65_HS1-834228961_62-HQ-83894_Section_7
Agency: FBI
Page 133
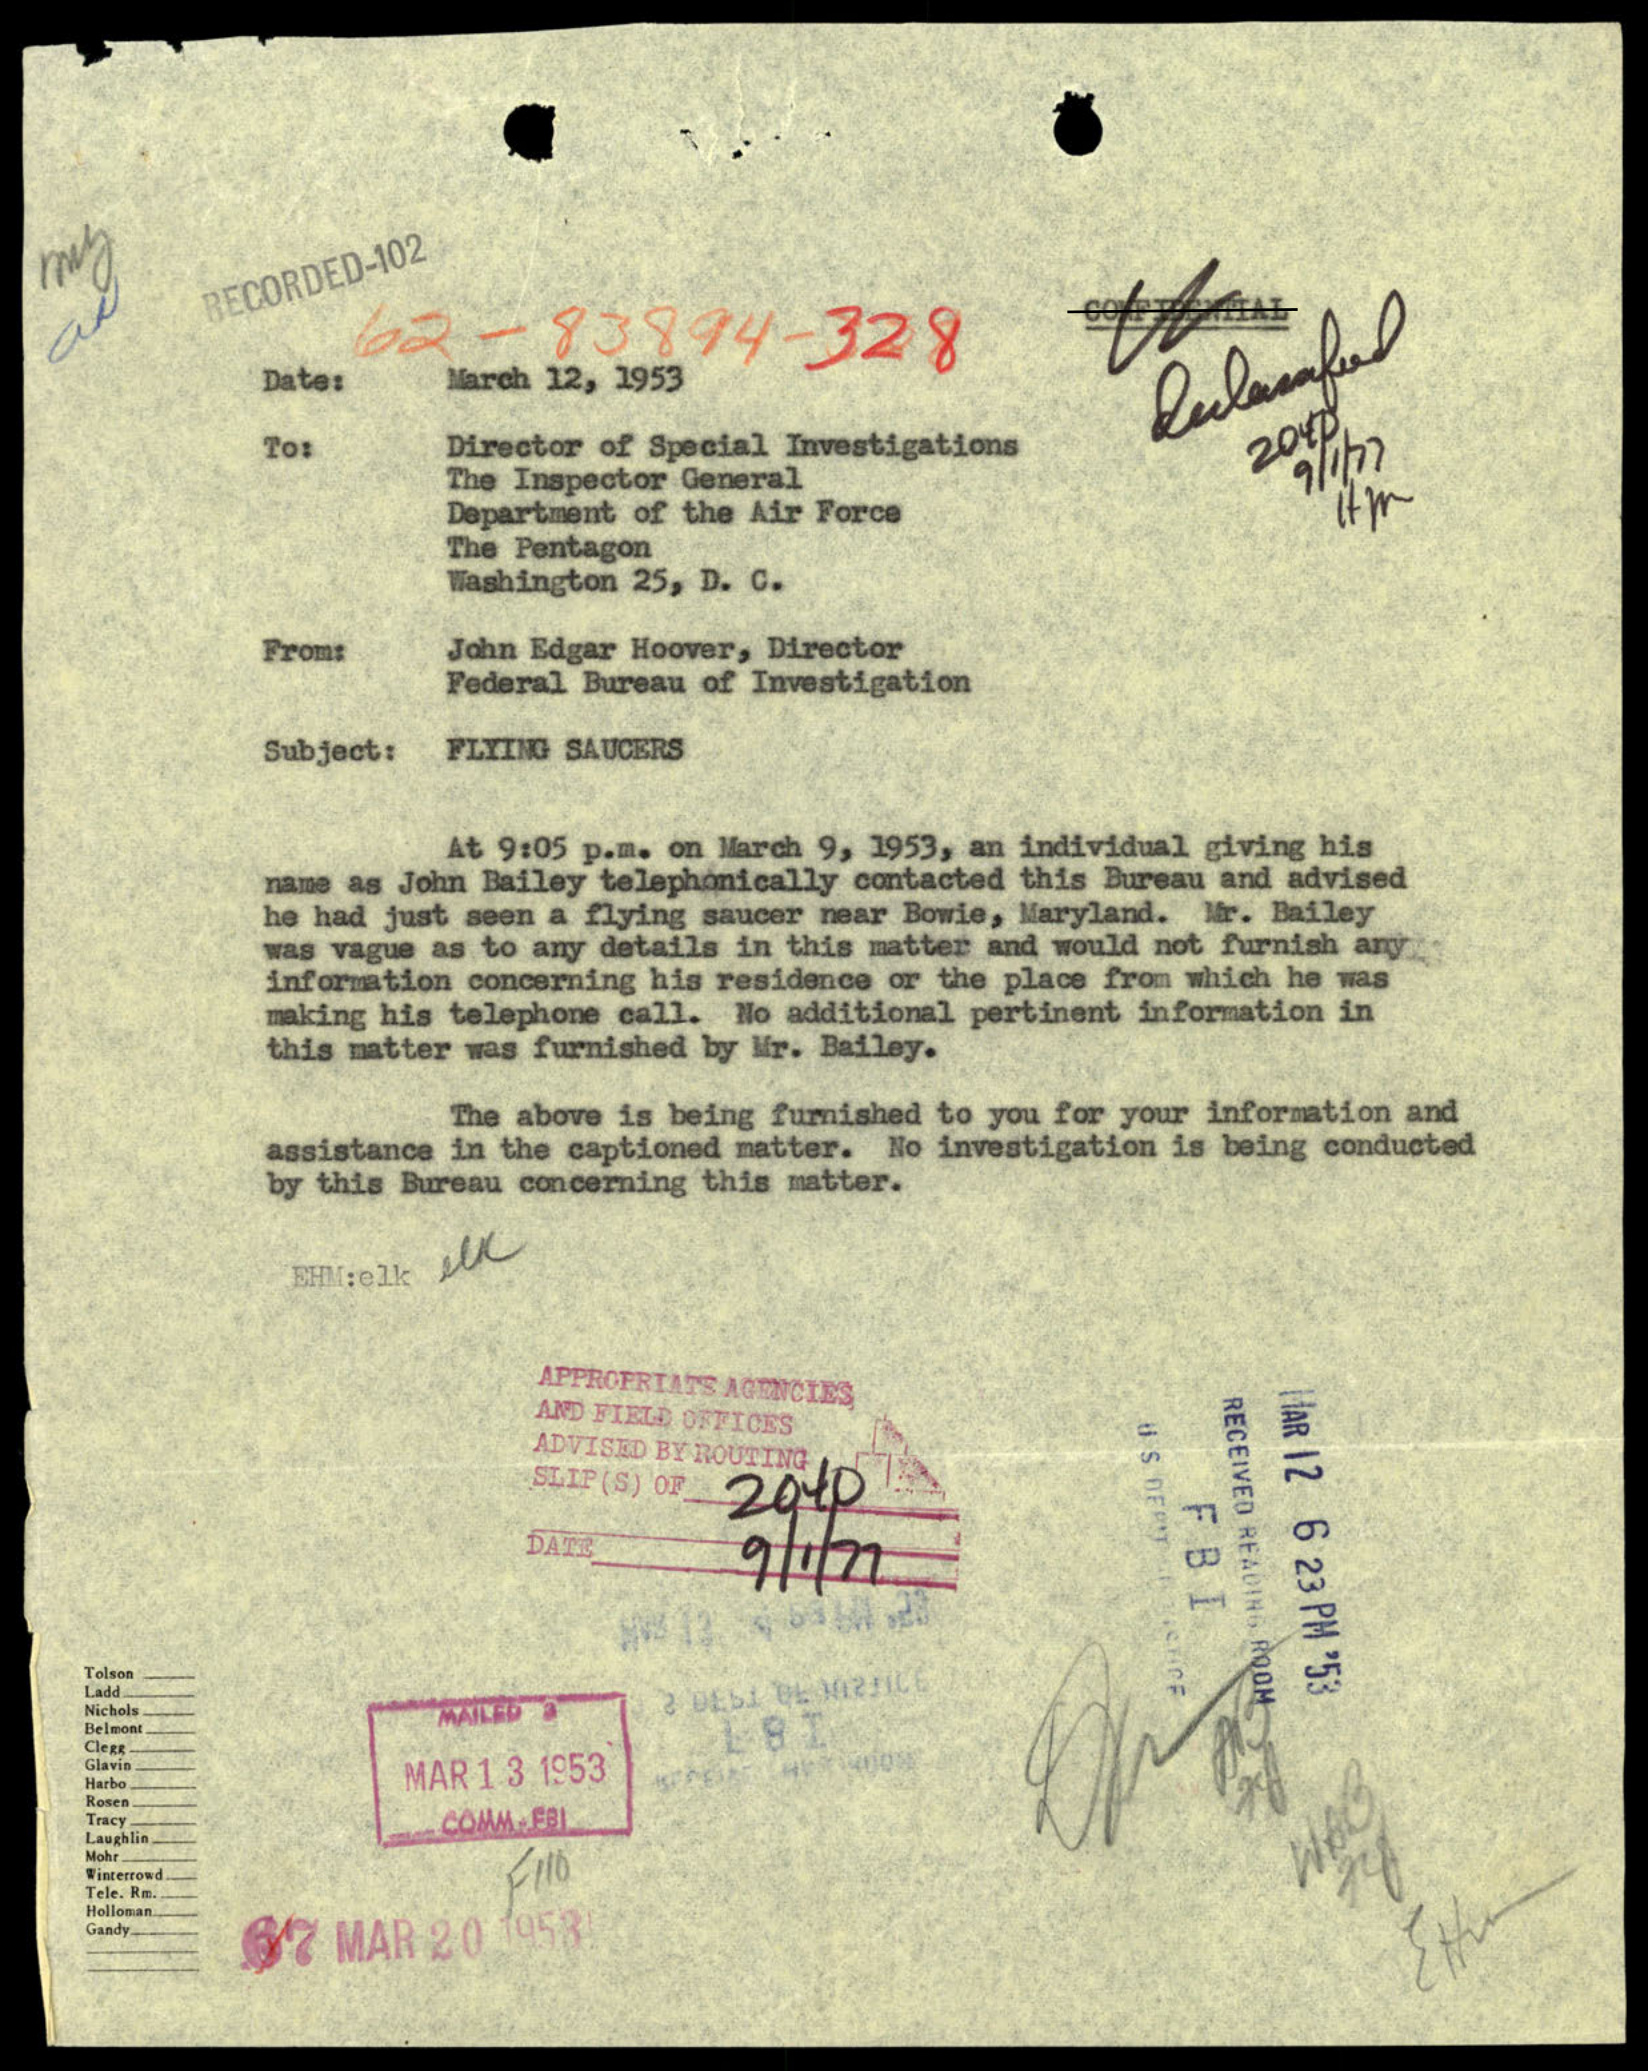